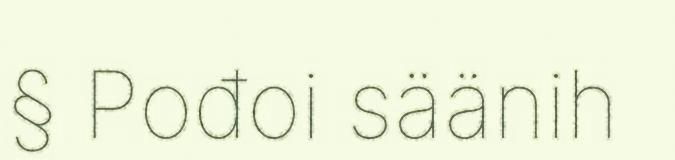
§ Pođoi säänih